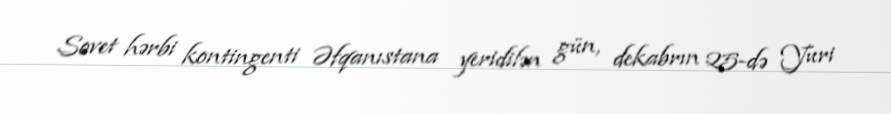
Sovet hərbi kontingenti Əfqanıstana yeridilən gün, dekabrın 25-də Yuri